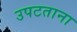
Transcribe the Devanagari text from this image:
उपटताना